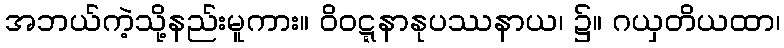
အဘယ်ကဲ့သို့နည်းမူကား။ ဝိဝဋ္ဋနာနုပဿနာယ၊ ၌။ ဂယှတိယထာ၊